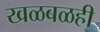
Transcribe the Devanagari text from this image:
खळबळही